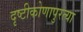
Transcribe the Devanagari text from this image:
दृष्टीकोणापुरत्या